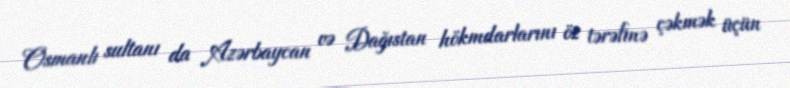
Osmanlı sultanı da Azərbaycan və Dağıstan hökmdarlarını öz tərəfinə çəkmək üçün